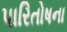
પારિતોષના